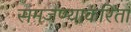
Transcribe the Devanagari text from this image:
समजण्याकरिता